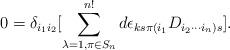
LaTeX: \begin{align*} 0 = \delta_{i_1 i_2} [ \sum_{\lambda = 1, \pi \in S_{n}}^{n!} d \epsilon_{k s \pi(i_1} D_{i_2 \cdots i_n) s}].\end{align*}